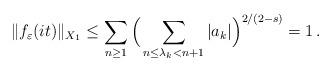
LaTeX: \begin{gather*}\|f_\varepsilon(it)\|_{X_1}\le \sum_{n\ge 1} \Big(\sum_{n\le \lambda_k<n+1} |a_k|\Big)^{2/(2-s)}=1\, .\end{gather*}